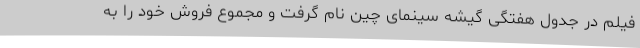
فیلم در جدول هفتگی گیشه سینمای چین نام گرفت و مجموع فروش خود را به